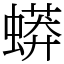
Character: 蟒